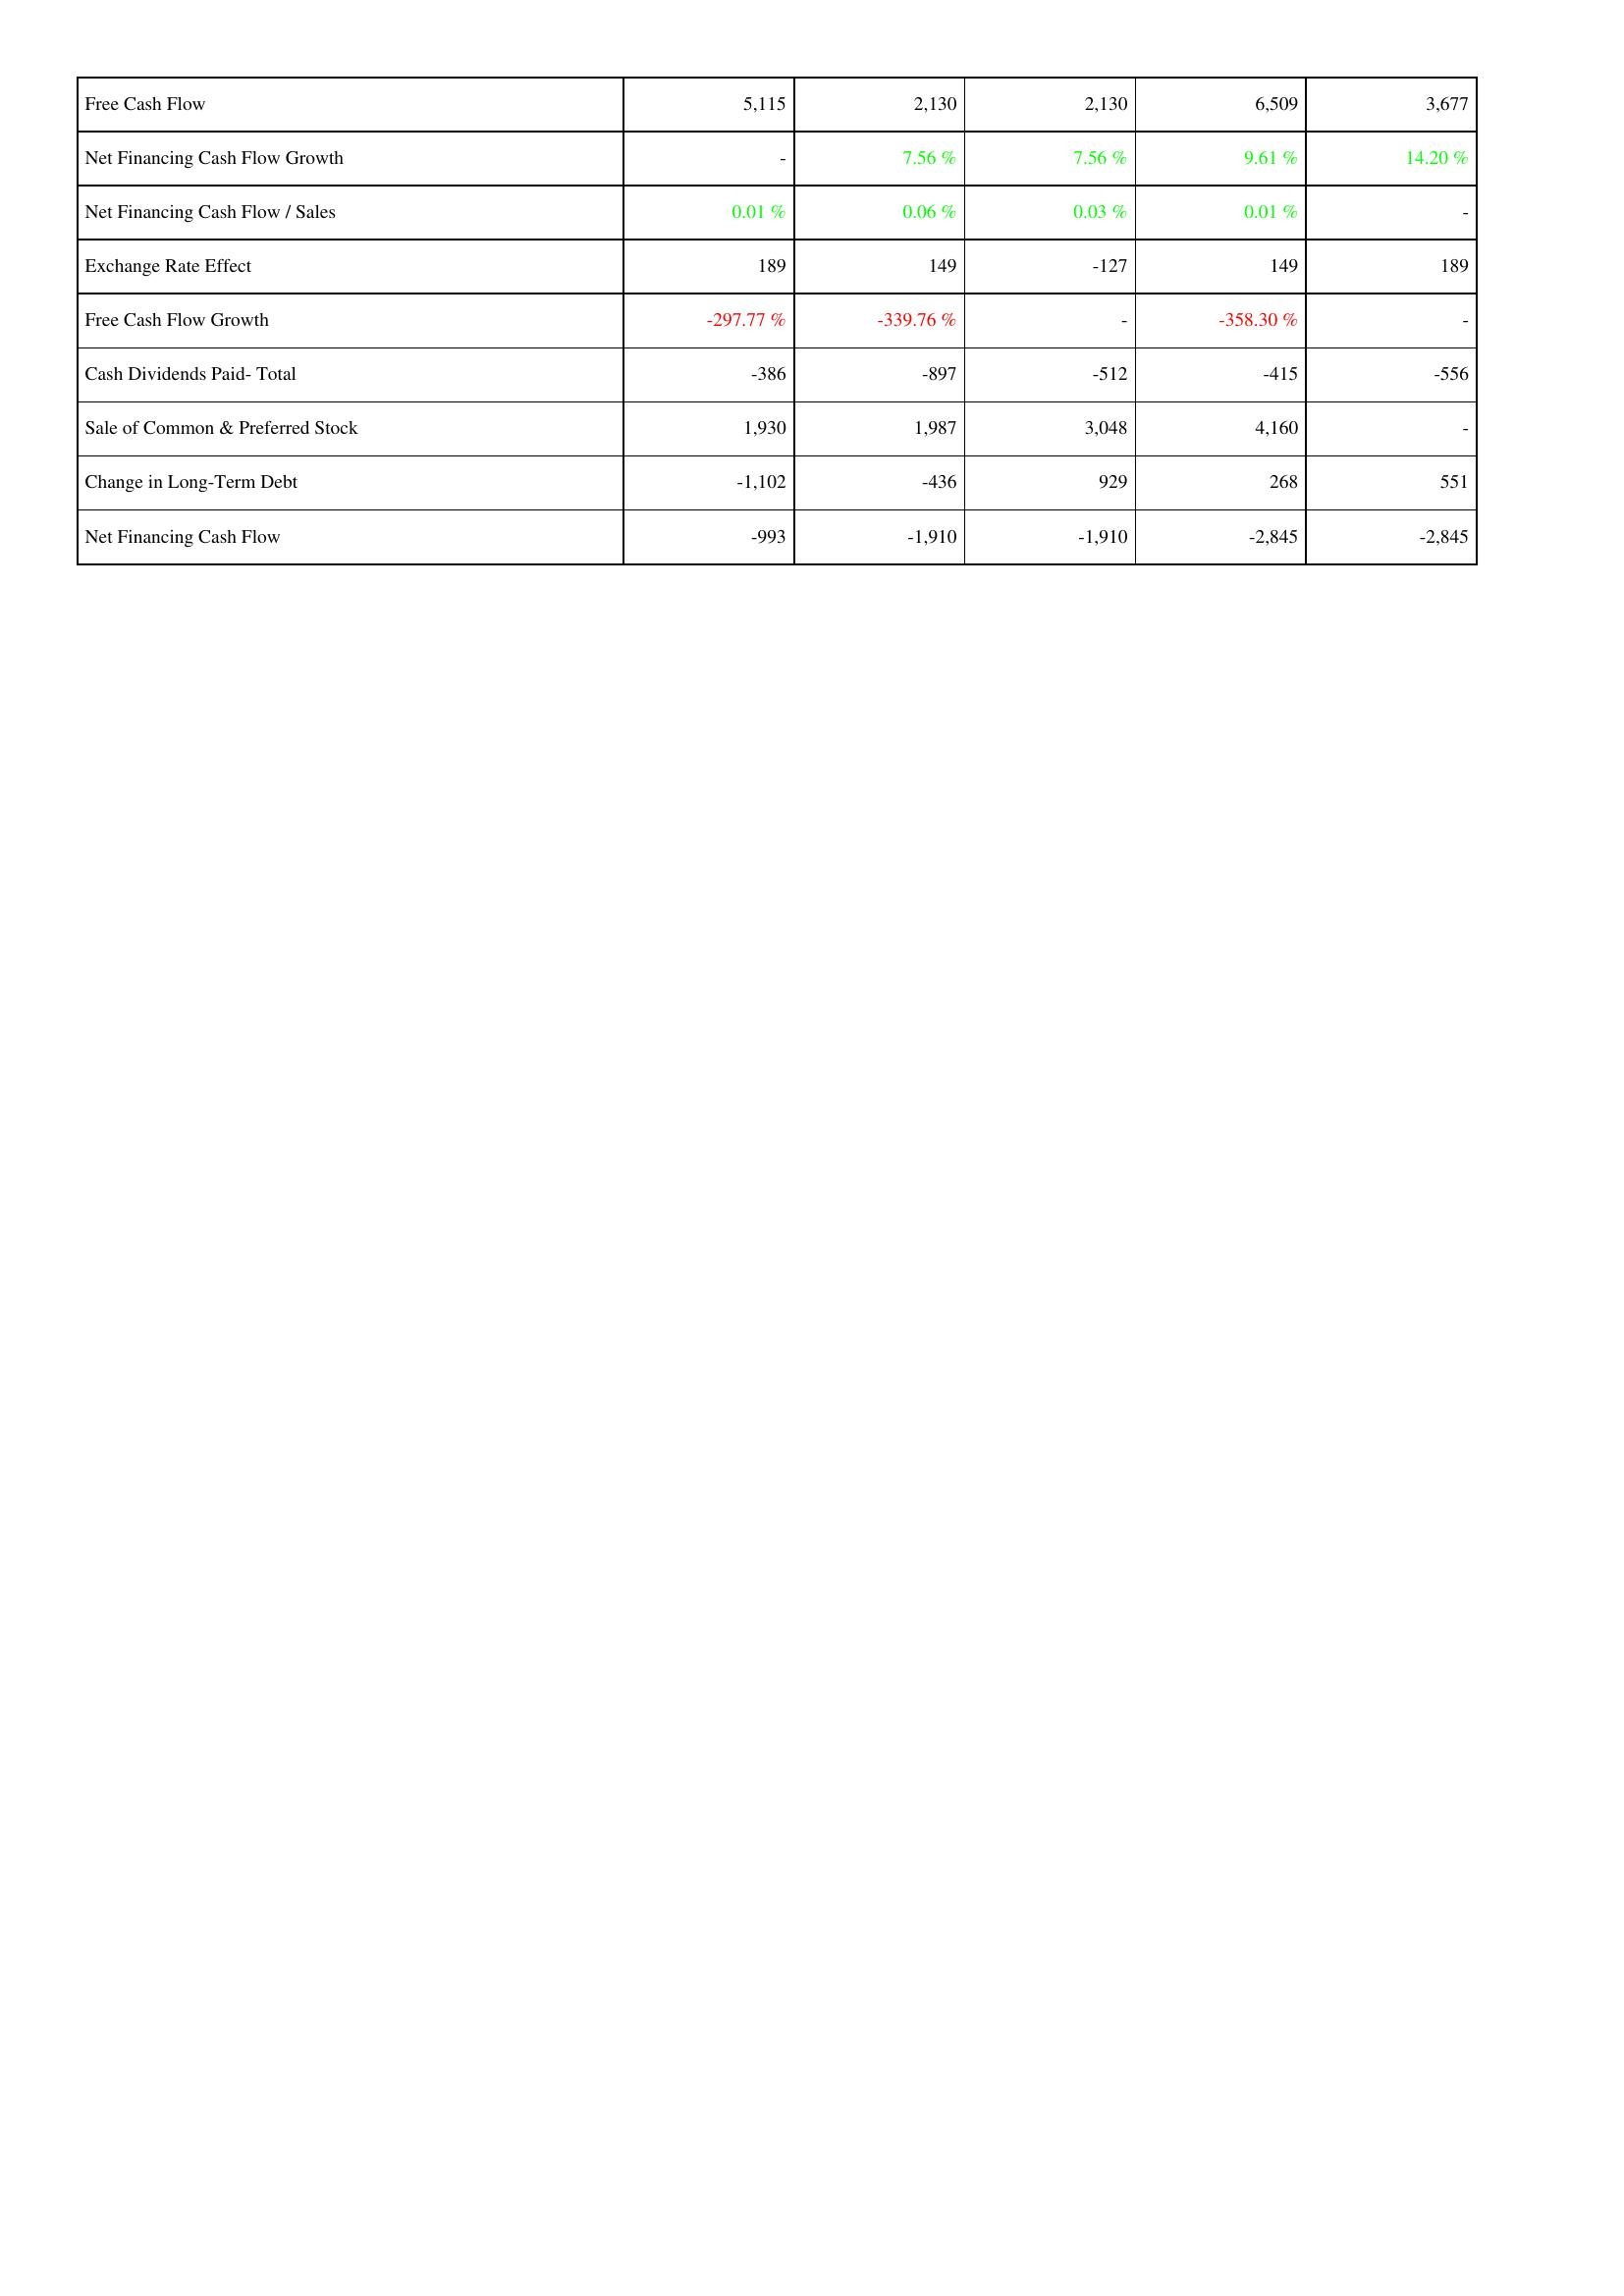
2006: Financing Activities: Free Cash Flow: 5,115
Net Financing Cash Flow Growth: -
Net Financing Cash Flow / Sales: 0.01 %
Exchange Rate Effect: 189
Free Cash Flow Growth: -297.77 %
Cash Dividends Paid- Total: -386
Sale of Common & Preferred Stock: 1,930
Change in Long-Term Debt: -1,102
Net Financing Cash Flow: -993
2007: Financing Activities: Free Cash Flow: 2,130
Net Financing Cash Flow Growth: 7.56 %
Net Financing Cash Flow / Sales: 0.06 %
Exchange Rate Effect: 149
Free Cash Flow Growth: -339.76 %
Cash Dividends Paid- Total: -897
Sale of Common & Preferred Stock: 1,987
Change in Long-Term Debt: -436
Net Financing Cash Flow: -1,910
2008: Financing Activities: Free Cash Flow: 2,130
Net Financing Cash Flow Growth: 7.56 %
Net Financing Cash Flow / Sales: 0.03 %
Exchange Rate Effect: -127
Free Cash Flow Growth: -
Cash Dividends Paid- Total: -512
Sale of Common & Preferred Stock: 3,048
Change in Long-Term Debt: 929
Net Financing Cash Flow: -1,910
2009: Financing Activities: Free Cash Flow: 6,509
Net Financing Cash Flow Growth: 9.61 %
Net Financing Cash Flow / Sales: 0.01 %
Exchange Rate Effect: 149
Free Cash Flow Growth: -358.30 %
Cash Dividends Paid- Total: -415
Sale of Common & Preferred Stock: 4,160
Change in Long-Term Debt: 268
Net Financing Cash Flow: -2,845
2010: Financing Activities: Free Cash Flow: 3,677
Net Financing Cash Flow Growth: 14.20 %
Net Financing Cash Flow / Sales: -
Exchange Rate Effect: 189
Free Cash Flow Growth: -
Cash Dividends Paid- Total: -556
Sale of Common & Preferred Stock: -
Change in Long-Term Debt: 551
Net Financing Cash Flow: -2,845